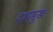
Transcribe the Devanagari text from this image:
दशमुख